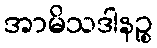
အာမိသဒါနဉ္စ